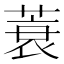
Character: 蓑